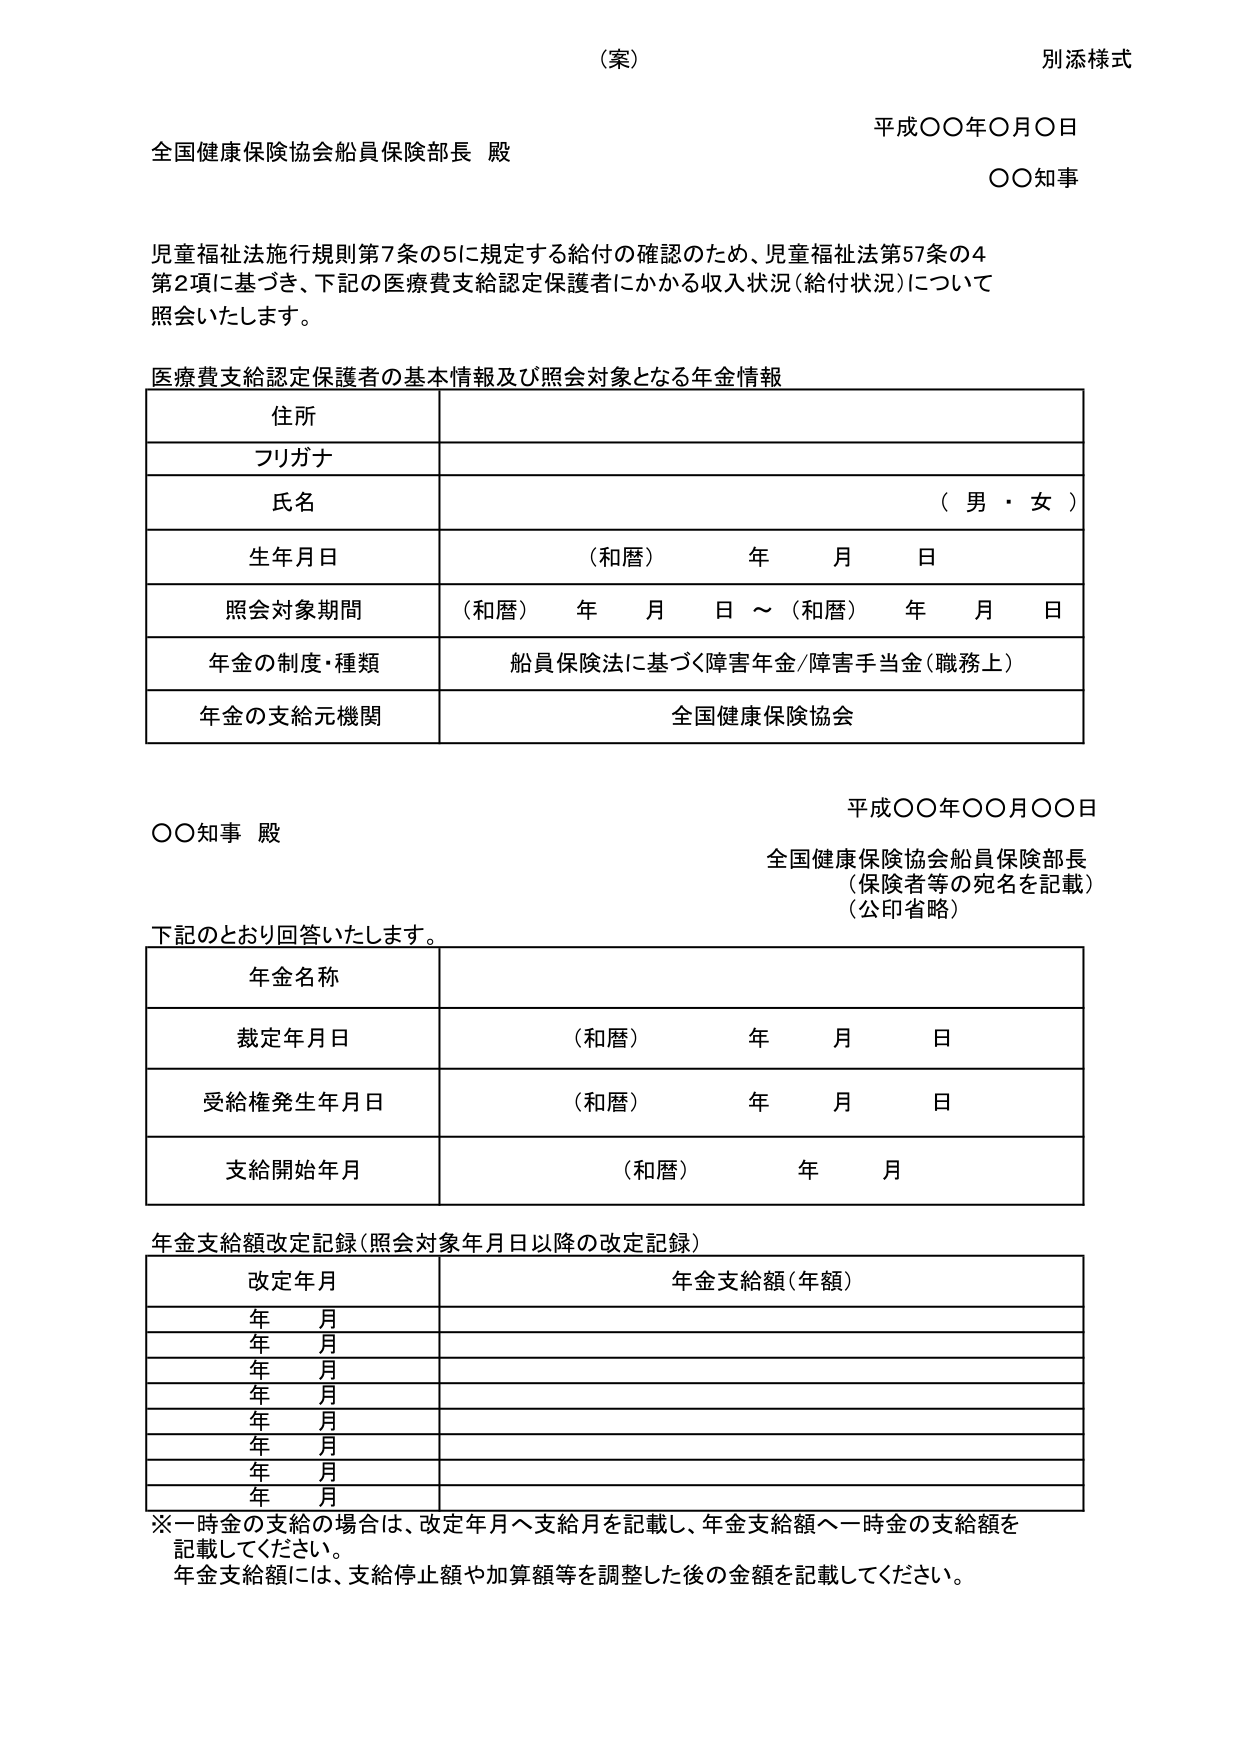
（案）
別添様式

平成〇〇年〇月〇日
全国健康保険協会船員保険部長 殿
〇〇知事

児童福祉法施行規則第7条の5に規定する給付の確認のため、児童福祉法第57条の4
第2項に基づき、下記の医療費支給認定保護者にかかる収入状況（給付状況）について
照会いたします。

医療費支給認定保護者の基本情報及び照会対象となる年金情報

住所
フリガナ
氏名 （男・女）
生年月日 （和暦） 年 月 日
照会対象期間 （和暦） 年 月 日 ～ （和暦） 年 月 日
年金の制度・種類 船員保険法に基づく障害年金/障害手当金（職務上）
年金の支給元機関 全国健康保険協会

平成〇〇年〇〇月〇〇日
〇〇知事 殿
全国健康保険協会船員保険部長
（保険者等の宛名を記載）
（公印省略）

下記のとおり回答いたします。

年金名称
裁定年月日 （和暦） 年 月 日
受給権発生年月日 （和暦） 年 月 日
支給開始年月 （和暦） 年 月

年金支給額改定記録（照会対象年月日以降の改定記録）

改定年月 年金支給額（年額）
年 月
年 月
年 月
年 月
年 月
年 月
年 月
年 月

※一時金の支給の場合は、改定年月へ支給月を記載し、年金支給額へ一時金の支給額を
記載してください。
年金支給額には、支給停止額や加算額等を調整した後の金額を記載してください。